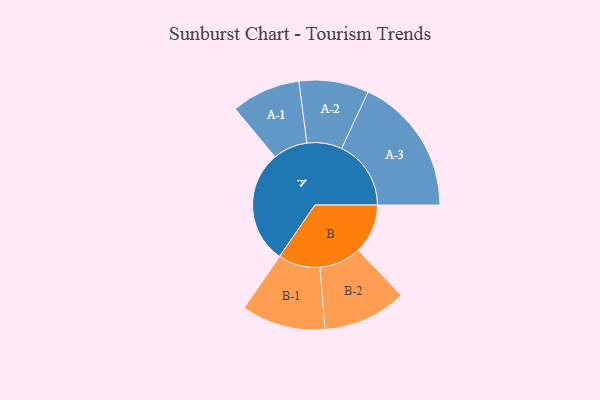
{"axis": {"x": "Segment", "y": "Value"}, "legend": ["", "A", "B"], "data": [{"x": "A", "y": 473, "type": ""}, {"x": "B", "y": 207, "type": ""}, {"x": "A-1", "y": 144, "type": "A"}, {"x": "A-2", "y": 146, "type": "A"}, {"x": "A-3", "y": 290, "type": "A"}, {"x": "B-1", "y": 175, "type": "B"}, {"x": "B-2", "y": 175, "type": "B"}]}